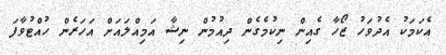
އެކަމަކު އެދުވަހު ޒޯހާ ގެއިން ނިކުމެގެން ދިއުމުން ނިޝާ އަމިއްލައަށް އަހަރެން ހުއްޓުވާފަ